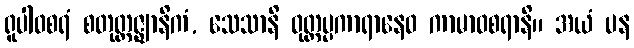
ရူပါဝစရံ စတုတ္ထဇ္ဈာနိကံ, သေသာနိ ဝုတ္တပ္ပကာရာနေဝ ကာမာဝစရာနိ။ အယံ ပန